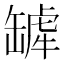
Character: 𬙓